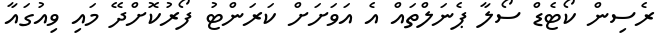
ރެސިން ކޯޓެޑް ސޯލާ ޕެނަލްތައް އެ އަވަށަށް ކަރަންޓު ފޯރުކޮށްދޭ މައި ވިއުގައާ